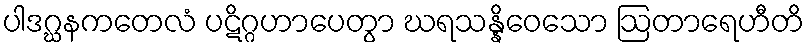
ပါဒဂ္ဃနကတေလံ ပဋိဂ္ဂဟာပေတွာ ဃရသန္နိဝေသော ဩတာရေဟီတိ